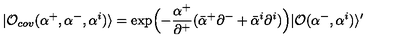
| { \cal O } _ { c o v } ( \alpha ^ { + } , \alpha ^ { - } , \alpha ^ { i } ) \rangle = \exp \Bigl ( - \frac { \alpha ^ { + } } { \partial ^ { + } } ( \bar { \alpha } ^ { + } \partial ^ { - } + \bar { \alpha } ^ { i } \partial ^ { i } ) \Bigr ) | { \cal O } ( \alpha ^ { - } , \alpha ^ { i } ) \rangle ^ { \prime }